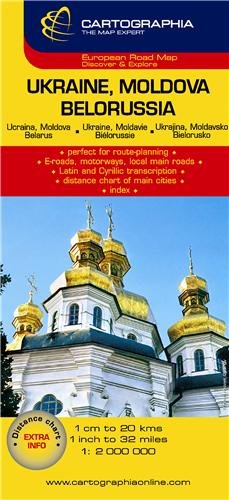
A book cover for Ukraine, Moldova, Belarus (Cartographia Country Maps) (French, English and German Edition); Cartographia; Travel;